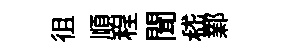
徂順程聞嵇鄴